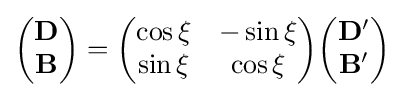
{\begin{pmatrix}\mathbf {D} \\\mathbf {B} \end{pmatrix}}={\begin{pmatrix}\cos \xi &-\sin \xi \\\sin \xi &\cos \xi \\\end{pmatrix}}{\begin{pmatrix}\mathbf {D'} \\\mathbf {B'} \end{pmatrix}}